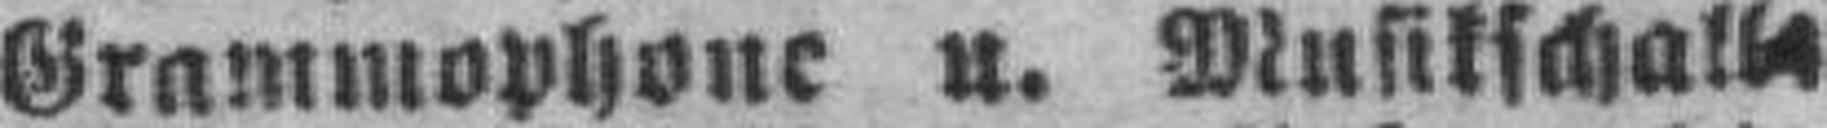
Grammophone u. Musikschall¬